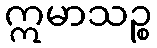
ဣမာသဉ္စ